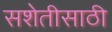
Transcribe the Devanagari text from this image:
सशेतीसाठी